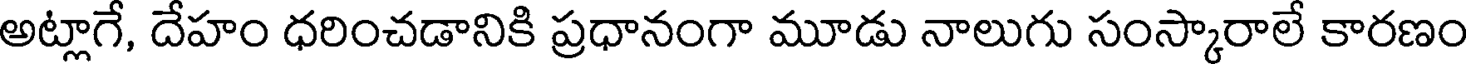
అట్లాగే, దేహం ధరించడానికి ప్రధానంగా మూడు నాలుగు సంస్కారాలే కారణం